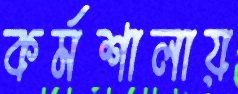
কর্মশালায়